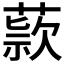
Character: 𬝺